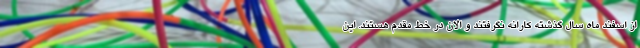
از اسفند ماه سال گذشته کارانه نگرفتند و الان در خط مقدم هستند. این